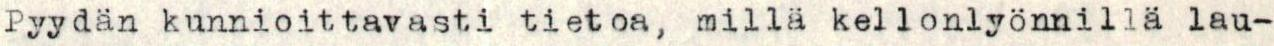
Pyydän kunnioittavasti tietoa, millä kellonlyönnillä lau-